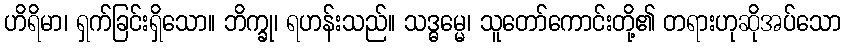
ဟိရိမာ၊ ရှက်ခြင်းရှိသော။ ဘိက္ခု၊ ရဟန်းသည်။ သဒ္ဓမ္မေ၊ သူတော်ကောင်းတို့၏ တရားဟုဆိုအပ်သော